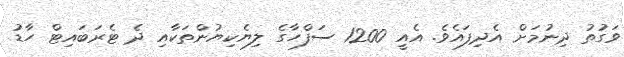
ވަގުތު ދިނުމަށް އެދިފައެވެ. އެއީ 1200 ސަފްހާގެ ލިޔެކިޔުންތަކާއި ދެ ޓެރަބައިޓް ހާޑު